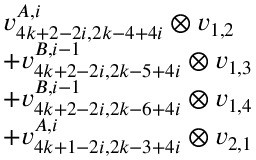
\begin{array} { r l } & { v _ { 4 k + 2 - 2 i , 2 k - 4 + 4 i } ^ { A , i } \otimes v _ { 1 , 2 } } \\ & { + v _ { 4 k + 2 - 2 i , 2 k - 5 + 4 i } ^ { B , i - 1 } \otimes v _ { 1 , 3 } } \\ & { + v _ { 4 k + 2 - 2 i , 2 k - 6 + 4 i } ^ { B , i - 1 } \otimes v _ { 1 , 4 } } \\ & { + v _ { 4 k + 1 - 2 i , 2 k - 3 + 4 i } ^ { A , i } \otimes v _ { 2 , 1 } } \end{array}